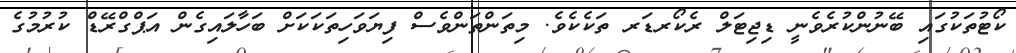
ކޯޓުތަކުގައި ބޭނުންކުރެވެނީ ޑިޖިޓަލް ރެކޯރޑަރ ތަކެކެވެ. މިތަންތަންވެސް ފިޔަވަހިތަކަކަށް ބަހާލައިގެން އަޕްގްރޭޑް ކުރުމުގެ